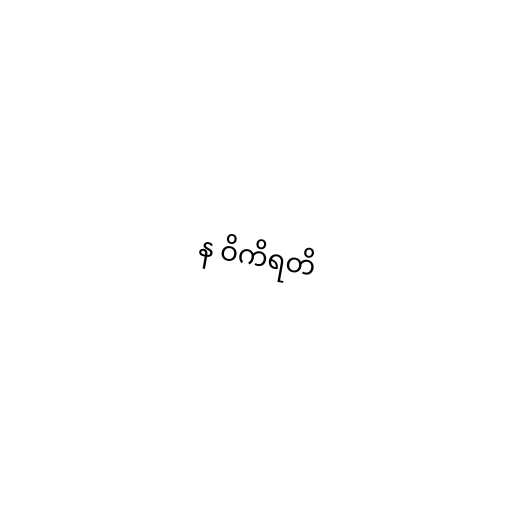
န ဝိကိရတိ